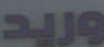
وريد